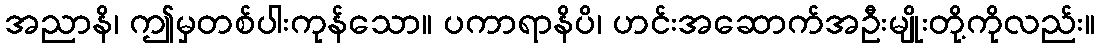
အညာနိ၊ ဤမှတစ်ပါးကုန်သော။ ပကာရာနိပိ၊ ဟင်းအဆောက်အဦးမျိုးတို့ကိုလည်း။